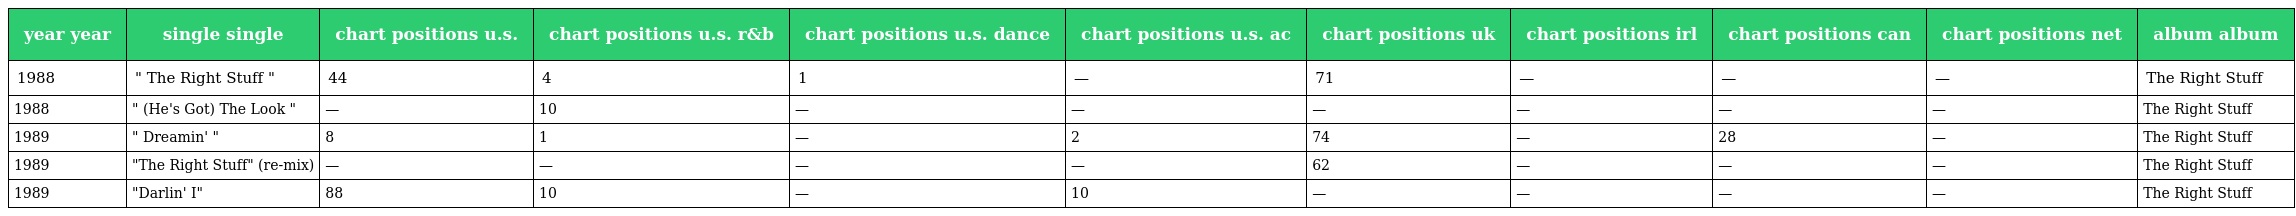
| year year | single single | chart positions u.s. | chart positions u.s. r&b | chart positions u.s. dance | chart positions u.s. ac | chart positions uk | chart positions irl | chart positions can | chart positions net | album album |
 | --- | --- | --- | --- | --- | --- | --- | --- | --- | --- | --- |
 | 1988 | " The Right Stuff " | 44 | 4 | 1 | — | 71 | — | — | — | The Right Stuff |
 | 1988 | " (He's Got) The Look " | — | 10 | — | — | — | — | — | — | The Right Stuff |
 | 1989 | " Dreamin' " | 8 | 1 | — | 2 | 74 | — | 28 | — | The Right Stuff |
 | 1989 | "The Right Stuff" (re-mix) | — | — | — | — | 62 | — | — | — | The Right Stuff |
 | 1989 | "Darlin' I" | 88 | 10 | — | 10 | — | — | — | — | The Right Stuff |